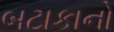
બટાકાનો